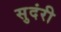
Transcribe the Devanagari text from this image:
सुदंरी